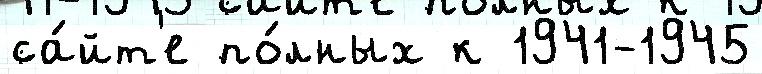
са́йт'е по́лных к 1941-1945